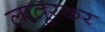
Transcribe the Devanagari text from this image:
लातूरकर